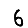
Digit: 6